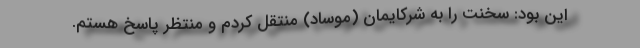
این بود: سخنت را به شرکایمان (موساد) منتقل کردم و منتظر پاسخ هستم.